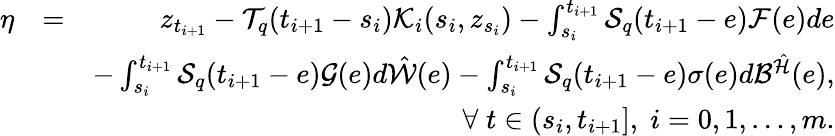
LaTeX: \begin{array}{rlr}{\eta}&{=}&{z_{t_{i+1}}-{\cal T}_{q}(t_{i+1}-s_{i}){\cal K}_{i}(s_{i},z_{s_{i}})-\int_{s_{i}}^{t_{i+1}}{\cal S}_{q}(t_{i+1}-e){\cal F}(e)de}\\ &{}&{-\int_{s_{i}}^{t_{i+1}}{\cal S}_{q}(t_{i+1}-e){\cal G}(e)d\hat{\cal W}(e)-\int_{s_{i}}^{t_{i+1}}{\cal S}_{q}(t_{i+1}-e)\sigma(e)d{\cal B}^{\hat{\cal H}}(e),}\\ &{}&{\forall\; t\in(s_{i},t_{i+1}],\; i=0,1,\ldots,m.}\end{array}